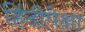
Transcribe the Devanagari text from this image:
हिंदीपेक्षा